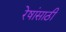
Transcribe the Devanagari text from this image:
रेषांसाठी